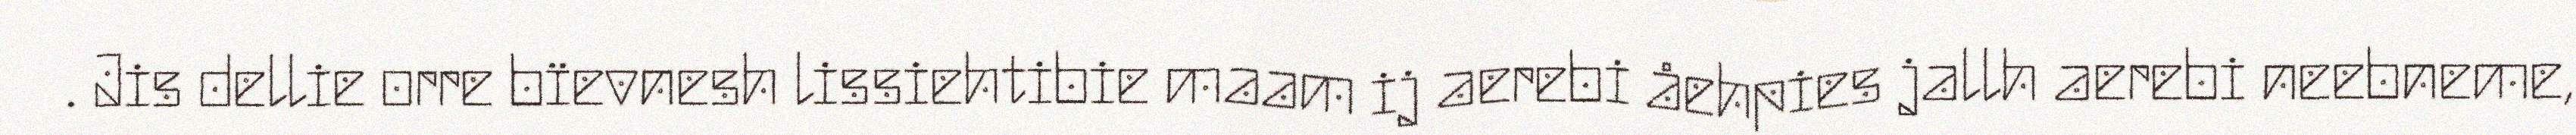
. Jis dellie orre bïevnesh lissiehtibie maam ij aerebi åehpies jallh aerebi neebneme,